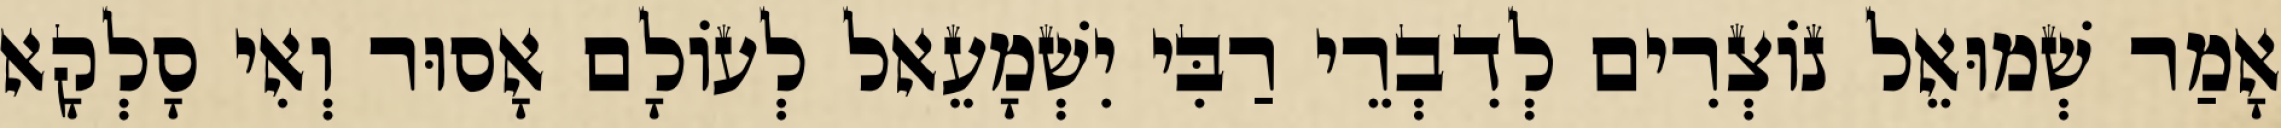
אָמַר שְׁמוּאֵל נוֹצְרִים לְדִבְרֵי רַבִּי יִשְׁמָעֵאל לְעוֹלָם אָסוּר וְאִי סָלְקָא